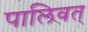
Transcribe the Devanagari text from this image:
पालिवत्‌